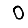
Digit: 0